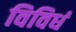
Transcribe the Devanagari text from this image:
विविधं